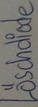
Text: Löschdiode